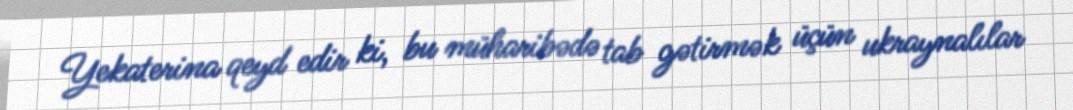
Yekaterina qeyd edir ki, bu müharibədə tab gətirmək üçün ukraynalılar